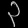
Digit: ၃